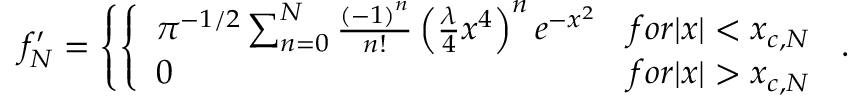
f _ { N } ^ { \prime } = \left\{ \left\{ \begin{array} { l l } { { \pi ^ { - 1 / 2 } \sum _ { n = 0 } ^ { N } { \frac { \left( - 1 \right) ^ { n } } { n ! } } \left( { \frac { \lambda } { 4 } } x ^ { 4 } \right) ^ { n } e ^ { - x ^ { 2 } } } } & { { f o r | x | < x _ { c , N } } } \\ { { 0 } } & { { f o r | x | > x _ { c , N } } } \end{array} \right. \right. .